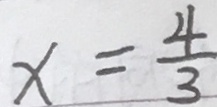
x = \frac { 4 } { 3 }